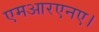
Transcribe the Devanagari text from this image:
एमआरएनए।